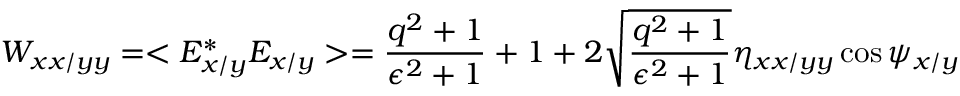
W _ { x x / y y } = < E _ { x / y } ^ { * } E _ { x / y } > = \frac { q ^ { 2 } + 1 } { \epsilon ^ { 2 } + 1 } + 1 + 2 \sqrt { \frac { q ^ { 2 } + 1 } { \epsilon ^ { 2 } + 1 } } \eta _ { x x / y y } \cos { \psi _ { x / y } }